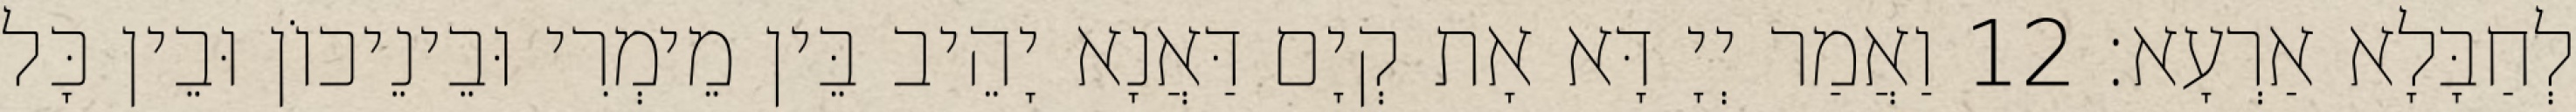
לְחַבָּלָא אַרְעָא׃ 12 וַאֲמַר יְיָ דָּא אָת קְיָם דַּאֲנָא יָהֵיב בֵּין מֵימְרִי וּבֵינֵיכוֹן וּבֵין כָּל